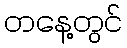
တနေ့တွင်